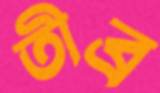
তীব্র